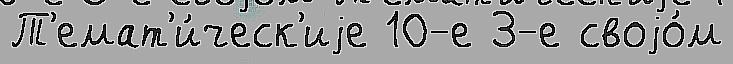
Т'емат'и́ческ'иjе 10-е 3-е своjо́м